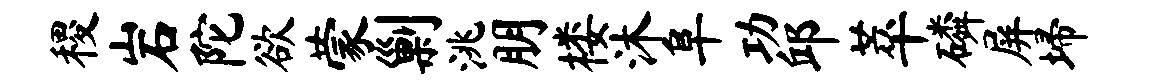
稷岩陀欲蒙剿洮朋楼沐阜功邱萃磷屏埽